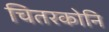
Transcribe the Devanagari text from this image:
चितरकोनि